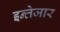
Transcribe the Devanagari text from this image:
इन्तेजार